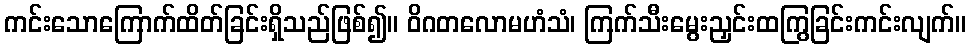
ကင်းသောကြောက်ထိတ်ခြင်းရှိသည်ဖြစ်၍။ ဝိဂတလောမဟံသံ၊ ကြက်သီးမွေးညှင်းထကြွခြင်းကင်းလျက်။